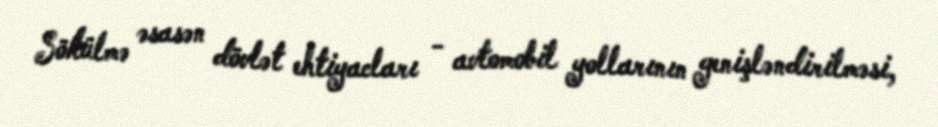
Sökülmə əsasən dövlət ehtiyacları - avtomobil yollarının genişləndirilməsi,